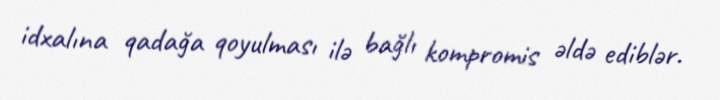
idxalına qadağa qoyulması ilə bağlı kompromis əldə ediblər.